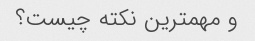
و مهمترین نکته چیست؟